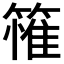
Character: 𮆄